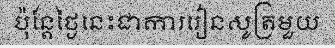
ប៉ុន្តែថ្ងៃនេះជាការរៀនសូត្រមួយ